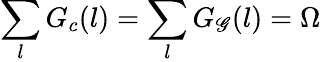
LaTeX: \sum_{l}G_{c}(l)=\sum_{l}G_{\mathscr{G}}(l)=\Omega